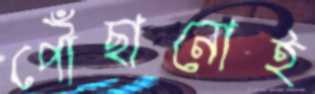
পৌঁছানোই